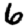
Digit: 6